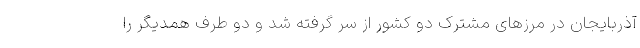
آذربایجان در مرزهای مشترک دو کشور از سر گرفته شد و دو طرف همدیگر را